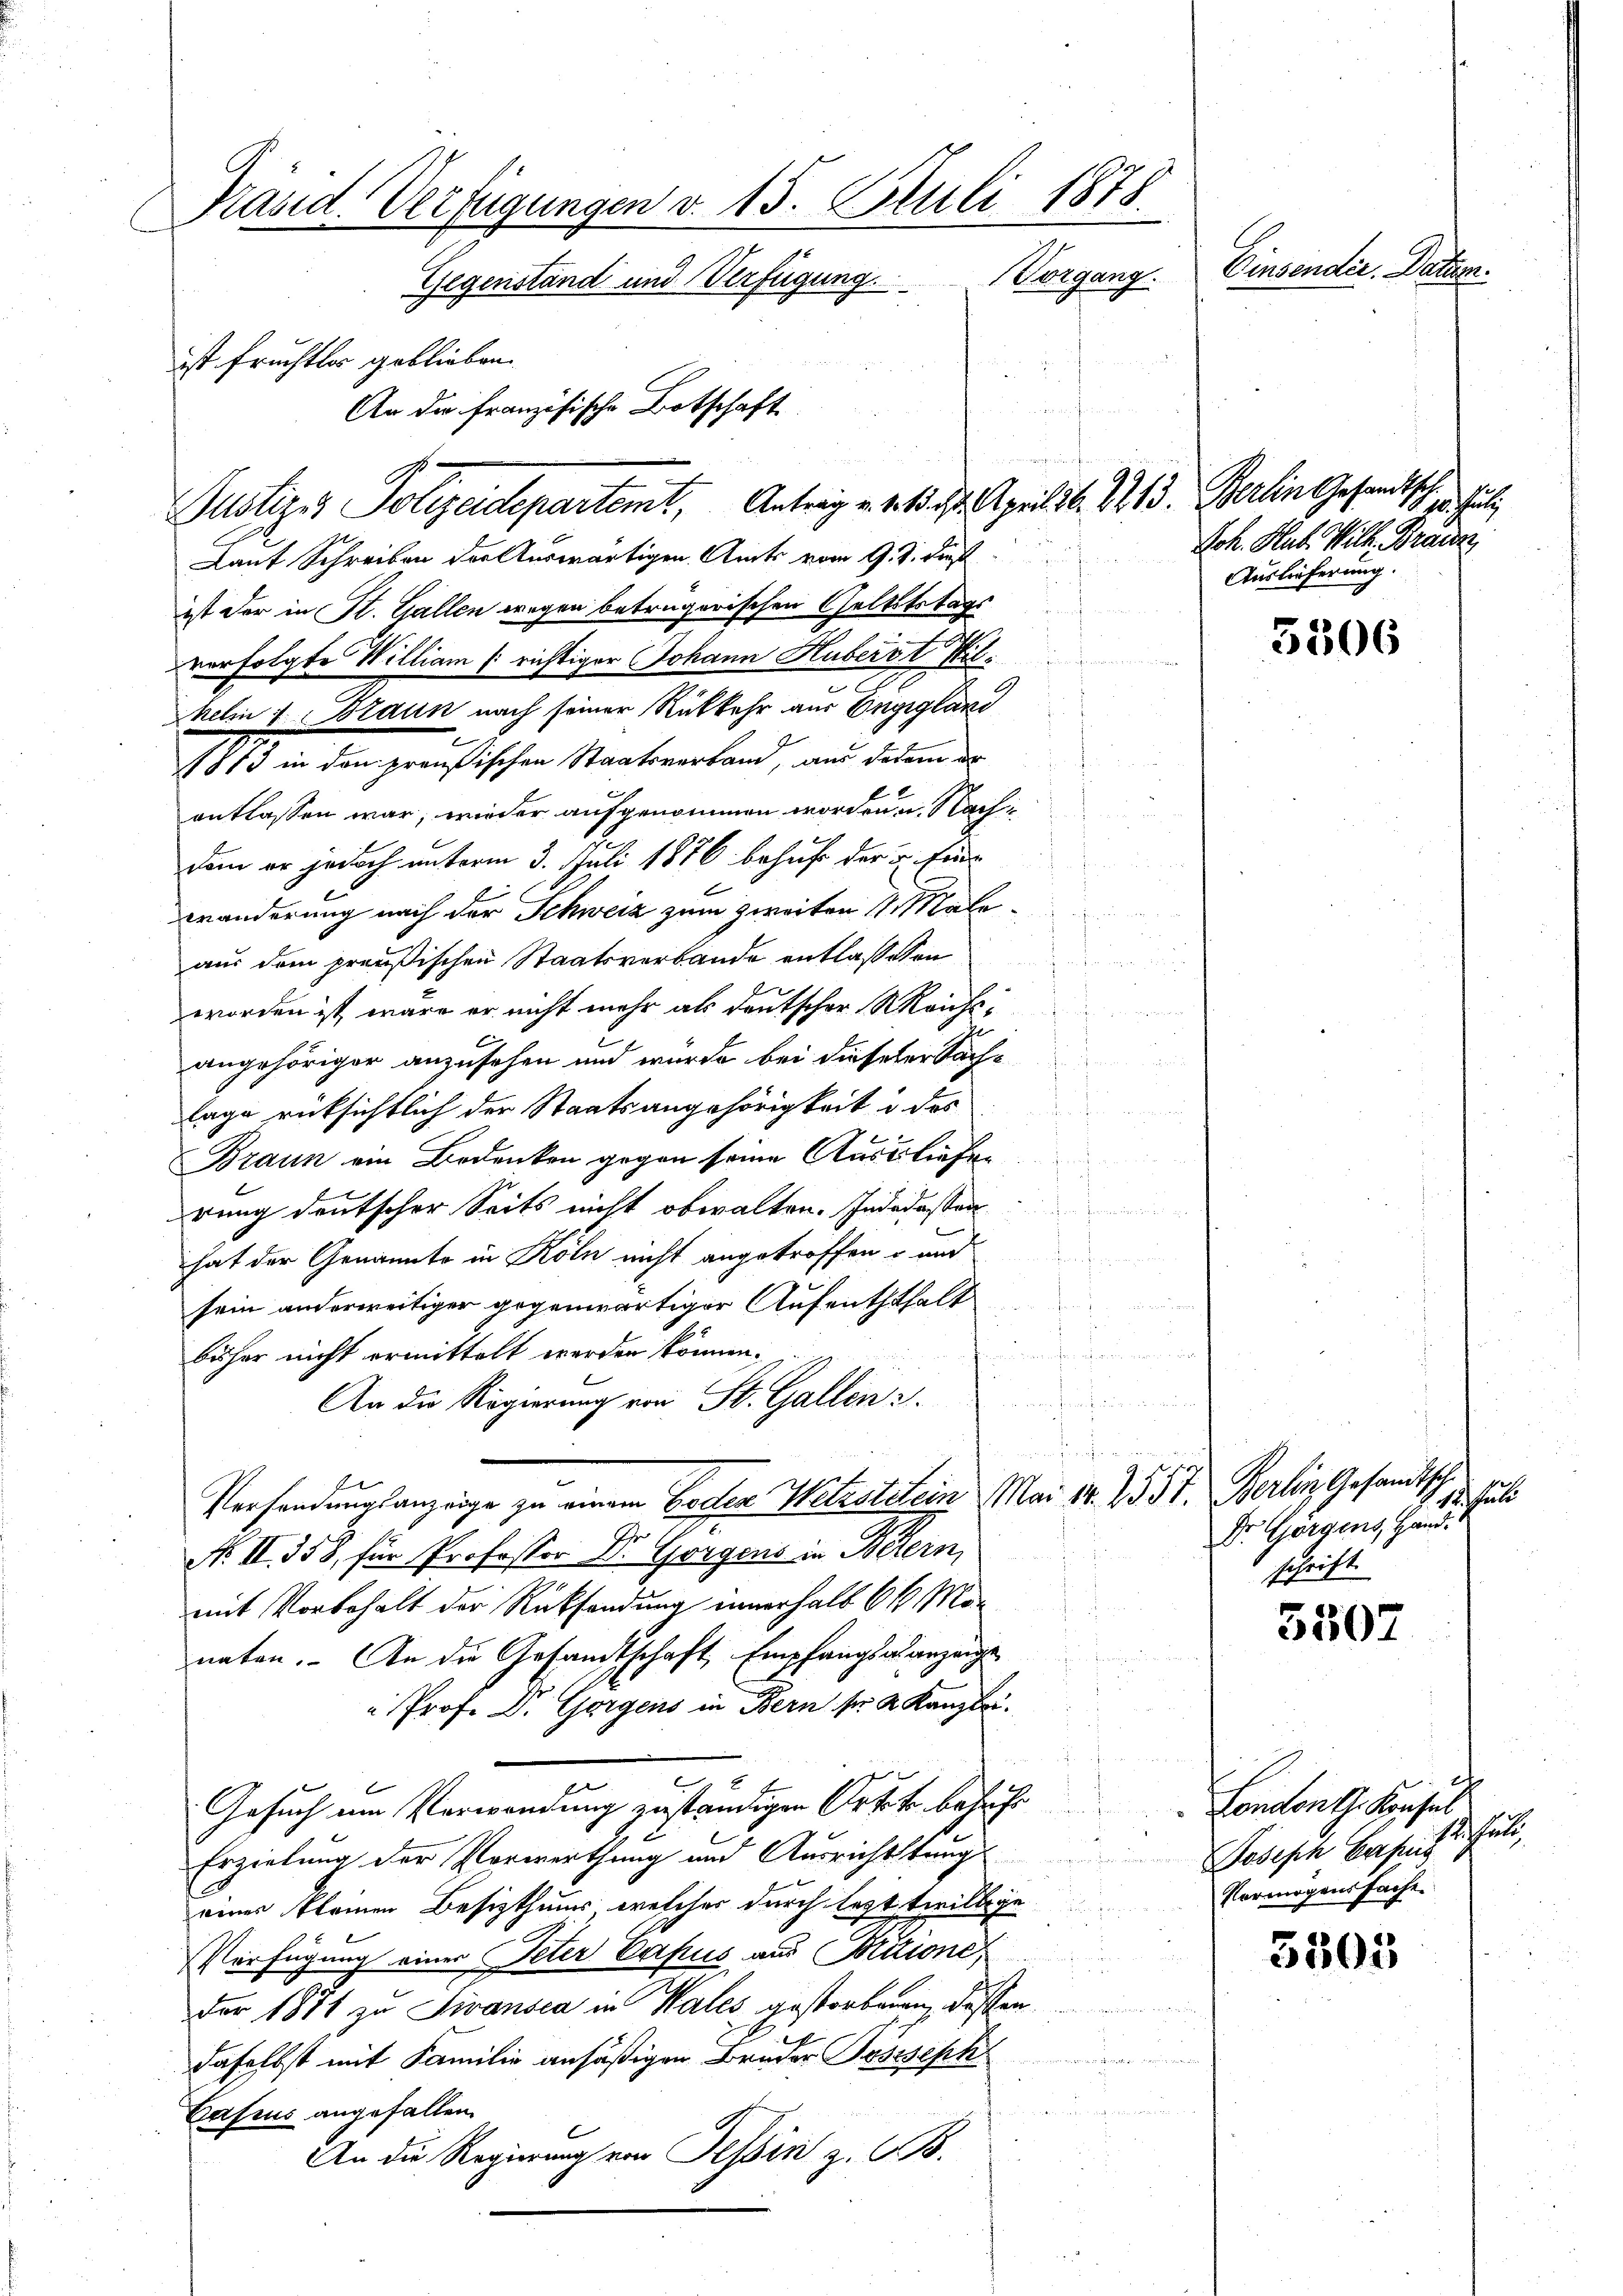
Präsid. Verfügungen v. 15. Juli 1878.
Einsender. Datum.
Gegenstand und Verfügung
ist Früchtlos geblieben.
 die auf
An die französische Botschaft
ännche

Justizes Polizeidepartemt, Antrag v. Mtt. April d. 1813. Berlin Gesandtsch
Laut Schreiben der Auswärtigen Amts vom 9. d. dieß
ist der in St. Gallen wegen betrügerischen Geltststags
u
verfolgte William richtiger Johann Huberst Wilkelin 1. Braun nach seiner Rückkehr aus Engiglari
11 in den genößischen Vertretend, aus dem
entlassen war, wieder aufgenommen worden, u. Nach
dem er jedoch unterm 3. Juli 1876 behuf der u. Ein¬

wänderung nach der Schweiz zum Zweiten 1. Male
aus dem preußischen Staatsverbande entlaßeten
 von der eigen
worden ist, wäre er nicht mehr als deutscher Kaufs
angehöriger anzusehen und würde bei dieseler Sachi
lage rücksichtlich der Staatsangehörigkeit u. des
Braun ein Bedenken gegen seine Ausliefen.
.
rung deutscher Seits nicht obwalten. Indedessen
hat der Genannte in Köln nicht angetroffen – und
sein anderweitiger gegenwärtiger Aufenththalt
t
17
n keiner machen u nicht, wenn meinen
bisher nicht ermittelt werden können.
An die Regierung von St. Gallen u.
en Zeiche er der
b
Versendungsanzeige zu einem Boden Witzstitein Mai 14. 2537. Berlin, Gesandtsch
N. II. 358, für Professor Dr. Gorgens in Betern,
mit Vorbehalt der Rücksendung innerhalb 6 ½ Monaten. An die Gesandtschaft Empfangsalanzeige
" Prof. Dr. Gorgens in Bern für 2 Kanzlei.
t

Gesuch um Verwendung zuständigen Ortete behufe
.
Erzielung der Vorwerthung und Ausrichtstung
eines Kleinen Besizthums welcher durch lezttwillige
n
Verfügung einer Peter Casus aus Aitione

der 1871 zu Sivansea in Males gestorbenen, dassen
daselbst mit Familie ansäßigen Bruder Joseph
 dch de
Casius angefallen.
An die Regierung von Tessin z. B.

Vorgang.

f

a

.

E

u
u

5506

hr heut
Joh. Hab Wille Braun
Auslieferung.

19. 11. Juli
Dr. Gorgens, Hand.
schrift.

5507

5503

London th. Konsul
Ithen
Joseph Casus
Vermögenssache